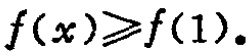
\(f(x)\geqslant f(1).\)